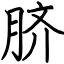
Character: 脐